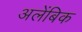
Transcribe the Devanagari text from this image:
अलेंबिक